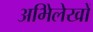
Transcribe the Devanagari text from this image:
अभिेलेखों